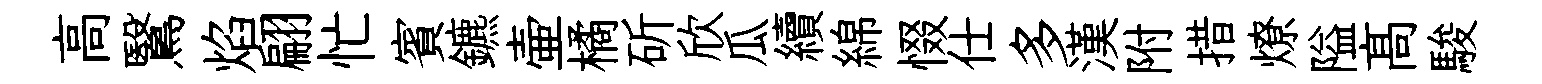
高鷖焰翩忙賓鑣壷橘斫欣瓜續綿惙仕多漢附措燎隘髙駿